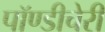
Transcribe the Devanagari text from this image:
पॉण्डीचेरी